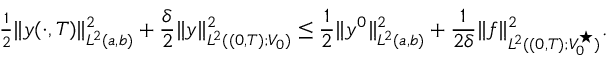
\begin{array} { r } { \frac 1 2 \| y ( \cdot , T ) \| _ { L ^ { 2 } ( a , b ) } ^ { 2 } + \displaystyle \frac { \delta } { 2 } \| y \| _ { L ^ { 2 } ( ( 0 , T ) ; V _ { 0 } ) } ^ { 2 } \leq \displaystyle \frac { 1 } { 2 } \| y ^ { 0 } \| _ { L ^ { 2 } ( a , b ) } ^ { 2 } + \frac { 1 } { 2 \delta } \| f \| _ { L ^ { 2 } ( ( 0 , T ) ; V _ { 0 } ^ { \star } ) } ^ { 2 } . } \end{array}